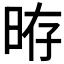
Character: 𣆱